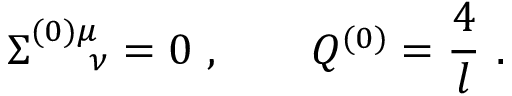
\Sigma _ { \quad \ \nu } ^ { ( 0 ) \mu } = 0 \ , \qquad Q ^ { ( 0 ) } = { \frac { 4 } { l } } \ .